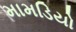
મામડિયો